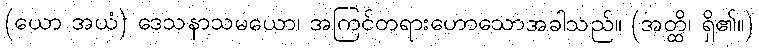
(ယော အယံ) ဒေသနာသမယော၊ အကြင်တရားဟောသောအခါသည်။ (အတ္ထိ၊ ရှိ၏။)